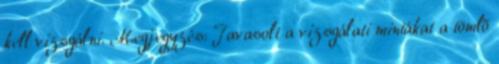
kell vizsgálni. Megjegyzés: Javasolt a vizsgálati mintákat a tömlõ